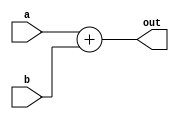
module Adder(input [31:0] a,b,output [31:0] out );
	assign out=a+b;
endmodule